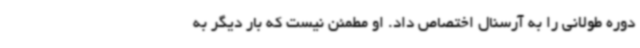
دوره طولانی را به آرسنال اختصاص داد. او مطمئن نیست که بار دیگر به